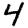
Digit: 4